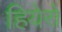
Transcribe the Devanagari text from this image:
हियेरो